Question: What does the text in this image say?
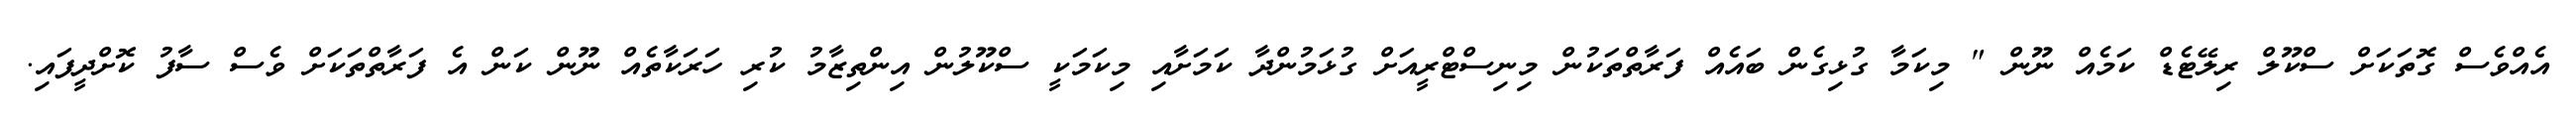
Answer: އެއްވެސް ގޮތަކަށް ސްކޫލް ރިލޭޓެޑް ކަމެއް ނޫން " މިކަމާ ގުޅިގެން ބައެއް ފަރާތްތަކުން މިނިސްޓްރީއަށް ގުޅަމުންދާ ކަމަށާއި މިކަމަކީ ސްކޫލުން އިންތިޒާމު ކުރި ހަރަކާތެއް ނޫން ކަން އެ ފަރާތްތަކަށް ވެސް ސާފު ކޮށްދީފައި.